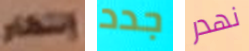
إنتظار جدد نهدر